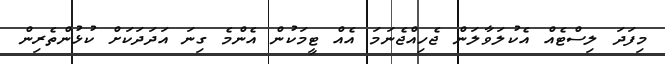
މިފަދަ ލިސްޓެއް އެކުލަވާލަން ޖެހިއްޖެނަމަ އެއް ޓީމަކުން އެންމެ ގިނަ އަދަދަކަށް ކުޅުންތެރިން